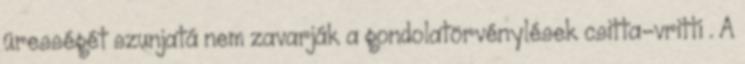
ürességét szunjatá nem zavarják a gondolatörvénylések csitta-vritti . A